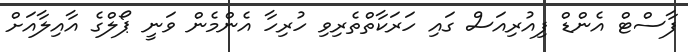
ފާސްޓް އެންޑް ފިއުރިއަސް ގައި ހަރަކާތްތެރިވި ހުރިހާ އެންމެން ވަނީ ޕޯލްގެ އާއިލާއަށް